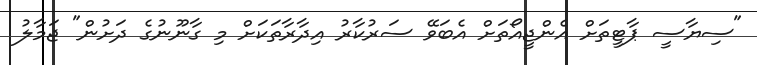
"ސިޔާސީ ޕާޓީތަށް އެންޖީއޯތަށް އެބަވޭ ސަރުކާރު އިދާރާތަކަށް މި ގާނޫނުގެ ދަށުން" ޖަމާލު